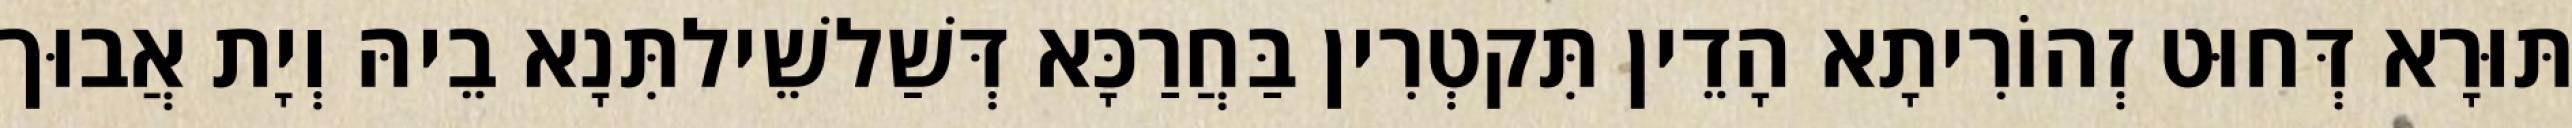
תּוּרָא דְּחוּט זְהוֹרִיתָא הָדֵין תִּקטְרִין בַּחֲרַכָּא דְּשַׁלשֵׁילתִּנָא בֵיהּ וְיָת אֲבוּך